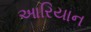
આરિયાન